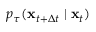
p _ { \tau } ( \mathbf { x } _ { t + \Delta t } \mid \mathbf { x } _ { t } )